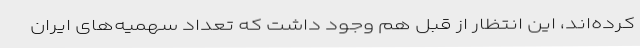
کرده‌اند، این انتظار از قبل هم وجود داشت که تعداد سهمیه‌های ایران